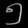
Digit: ၅